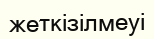
жеткізілмеуі